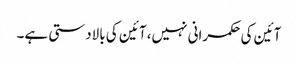
آئین کی حکمرانی نہیں، آئین کی بالادستی ہے۔